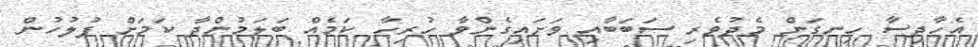
އެހާދިސާ ހިނގަން މެދުވެރި ސަބަބާއި ވަށައިގެންވާ ހުރިހާ ކަމެއް ބަލަމުންދާ ކަމަށް ފުލުހުން